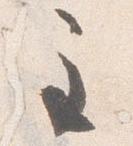
主